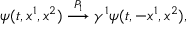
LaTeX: \psi ( t , x ^ { 1 } , x ^ { 2 } ) \stackrel { { \cal P } _ { 1 } } { \longrightarrow } \gamma ^ { 1 } \psi ( t , - x ^ { 1 } , x ^ { 2 } ) ,